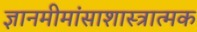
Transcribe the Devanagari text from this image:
ज्ञानमीमांसाशास्त्रात्मक